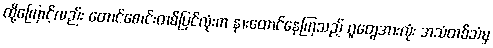
ထို့ကြောင့်လည်း တောင်စောင်းတစ်ပြင်လုံးက နားထောင်နေကြသည့် ဂူတွေအားလုံး အသံတစ်သံမှ